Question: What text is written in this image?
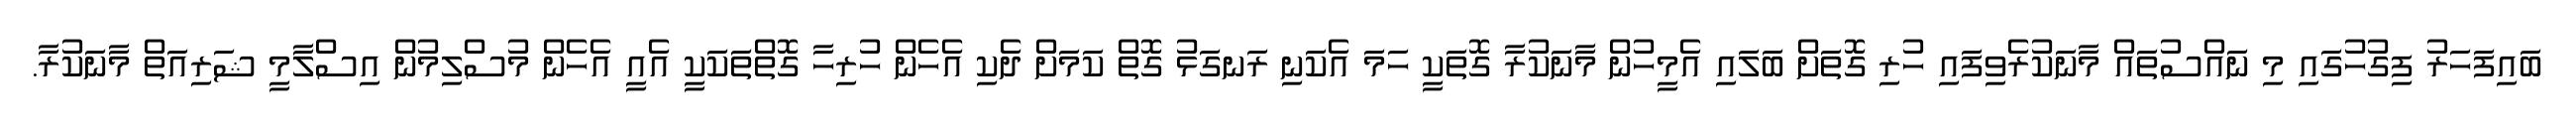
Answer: ބައިފަހަރު ފިގުހުގައި މި ނައްސުތައް މާނަކުރެވިފައި ހުރި ގޮތަށް ބަލައި އެމީހުން މާނަކުރާ ގޮތަކީ ހަމަ އެކަނި ރަނގަޅު ގޮތް ކަމަށް ދެކި އެހެން ހުރިހާ ގޮތްތަކަކީ އެއީ އެހެން މުސްލިމުން އިސްލާމީ ޝަރިއަތް މާނަކުރާ.